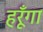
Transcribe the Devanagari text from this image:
हरूँगा